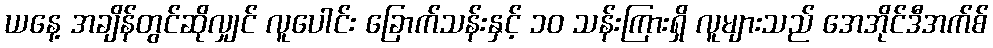
ယနေ့ အချိန်တွင်ဆိုလျှင် လူပေါင်း ခြောက်သန်းနှင့် ၁၀ သန်းကြားရှိ လူများသည် အေအိုင်ဒီအက်စ်